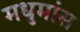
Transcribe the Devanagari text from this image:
मधुमांस